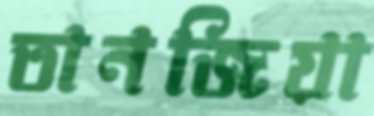
তানজিয়া